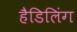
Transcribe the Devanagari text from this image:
हैडिलिंग